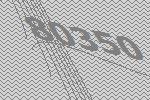
80350